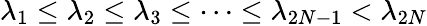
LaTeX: \lambda_{1}\le\lambda_{2}\le\lambda_{3}\le\dots\leq\lambda_{2N-1}<\lambda_{2N}